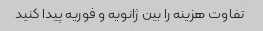
تفاوت هزینه را بین ژانویه و فوریه پیدا کنید